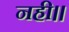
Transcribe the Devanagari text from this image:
नही।।